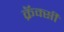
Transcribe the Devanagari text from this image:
क्रॅक्सी